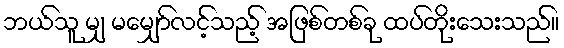
ဘယ်သူ မျှ မမျှော်လင့်သည့် အဖြစ်တစ်ခု ထပ်တိုးသေးသည်။